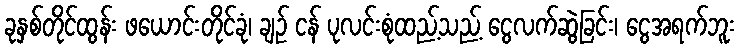
ခုနှစ်တိုင်ထွန်း ဖယောင်းတိုင်ခုံ၊ ချဉ် ငန် ပုလင်းစုံထည့်သည့် ငွေလက်ဆွဲခြင်း၊ ငွေအရက်ဘူး